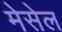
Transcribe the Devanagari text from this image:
मेसेल